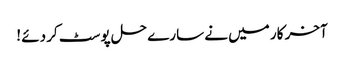
آخر کار میں نے سارے حل پوسٹ کر دئے !